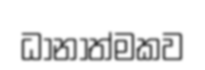
ධානාත්මකව